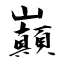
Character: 巔